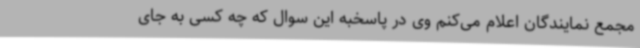
مجمع نمایندگان اعلام می‌کنم وی در پاسخبه این سوال که چه کسی به جای